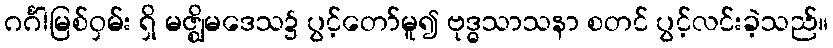
ဂင်္ဂါမြစ်ဝှမ်း ရှိ မဇ္ဈိမဒေသ၌ ပွင့်တော်မူ၍ ဗုဒ္ဓသာသနာ စတင် ပွင့်လင်းခဲ့သည်။